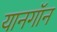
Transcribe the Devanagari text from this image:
यानगॉन